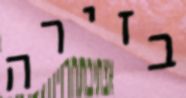
בזירה